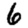
Digit: 6